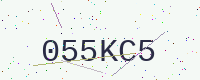
Text: 055KC5